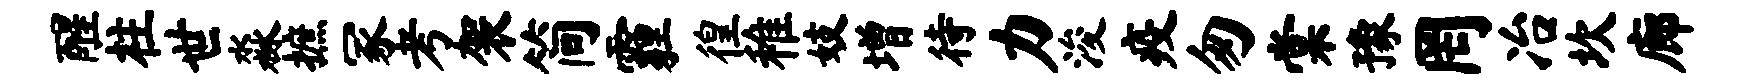
醒柱世淼摭冢考袈简霾徨稚妓增待力浚疫匆棠豫罔冶坎廊